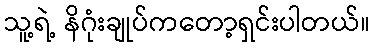
သူ့ရဲ့ နိဂုံးချုပ်ကတော့ရှင်းပါတယ်။